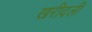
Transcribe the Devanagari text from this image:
खरीदली